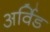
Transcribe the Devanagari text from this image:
अर्विड